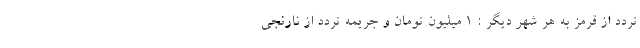
تردد از قرمز به هر شهر دیگر : 1 میلیون تومان و جریمه تردد از نارنجی